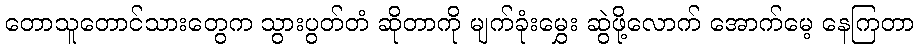
တောသူတောင်သားတွေက သွားပွတ်တံ ဆိုတာကို မျက်ခုံးမွှေး ဆွဲဖို့လောက် အောက်မေ့ နေကြတာ